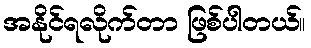
အနိုင်ရလိုက်တာ ဖြစ်ပါတယ်။